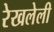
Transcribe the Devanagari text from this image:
रेखलेली